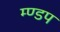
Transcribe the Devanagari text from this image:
म्ण्डप